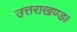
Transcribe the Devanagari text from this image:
उत्तराखण्ड।